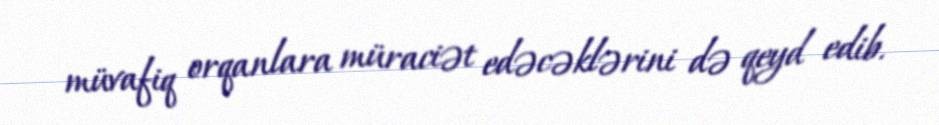
müvafiq orqanlara müraciət edəcəklərini də qeyd edib.